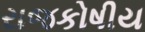
રાજકોષીય